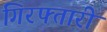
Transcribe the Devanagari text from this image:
गिरफ्तारी